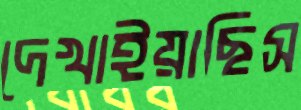
দেখাইয়াছিস